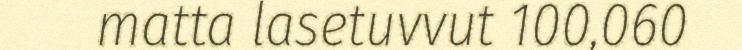
matta lasetuvvut 100,060